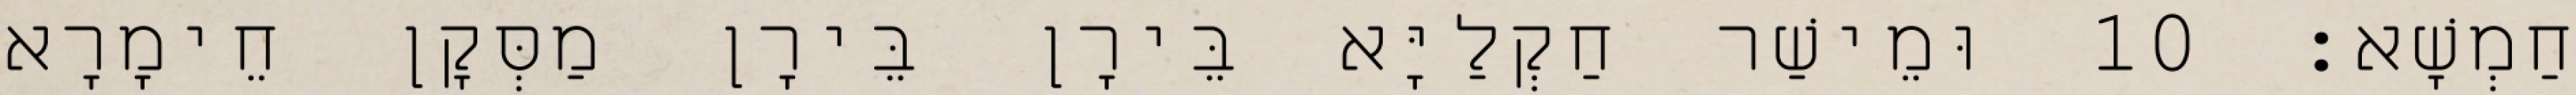
חַמְשָׁא׃ 10 וּמֵישַׁר חַקְלַיָּא בֵּירָן בֵּירָן מַסְּקָן חֵימָרָא